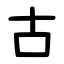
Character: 古